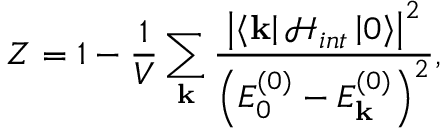
Z = 1 - \frac { 1 } { V } \sum _ { \mathbf { k } } \frac { \left| \left\langle \mathbf { k } \right| \mathcal { H } _ { i n t } \left| 0 \right\rangle \right| ^ { 2 } } { \left( E _ { 0 } ^ { ( 0 ) } - E _ { \mathbf { k } } ^ { ( 0 ) } \right) ^ { 2 } } ,